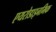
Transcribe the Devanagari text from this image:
एयरोडाइनमिक